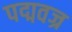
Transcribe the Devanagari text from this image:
पद्मवज्र